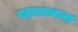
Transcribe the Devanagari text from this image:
रक्षात्मकता